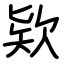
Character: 欵